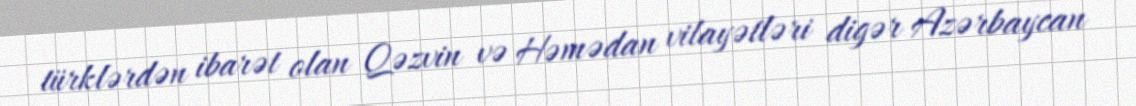
türklərdən ibarət olan Qəzvin və Həmədan vilayətləri digər Azərbaycan